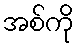
အစ်ကို